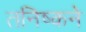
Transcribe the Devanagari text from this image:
तनिष्कने